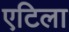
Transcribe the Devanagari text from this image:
एटिला